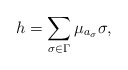
\begin{align*}h=\sum _{\sigma \in \Gamma }\mu_{a_\sigma}\sigma,\end{align*}